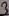
Text: 3